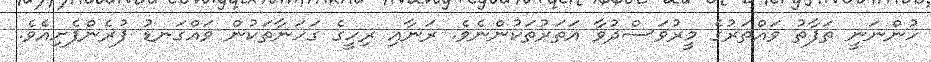
ހުންނަނީ ތަފާތު ވައްތަރުގެ މީރުވަސްދުވާ އަތަރުތަކުންނެވެ. ރަނާއި ރިހީގެ ގަހަނާތަކުން ވައްގަނޑު ފުރެންފެށިއެވެ.